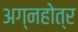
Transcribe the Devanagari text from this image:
अग्नहोत्र